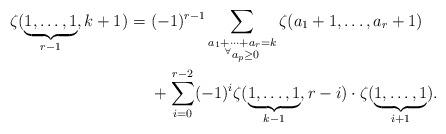
LaTeX: \begin{align*}\zeta(\underbrace{1, \ldots , 1}_{r-1}, k+1)=\ & (-1)^{r-1}\sum_{\substack{a_{1}+\cdots +a_{r}=k\\^{\forall}a_p\geq 0}}\zeta(a_{1}+1, \ldots , a_{r}+1)\\&+\sum^{r-2}_{i=0}(-1)^{i}\zeta(\underbrace{1, \ldots , 1}_{k-1}, r-i)\cdot\zeta(\underbrace{1, \ldots ,1}_{i+1}). \end{align*}